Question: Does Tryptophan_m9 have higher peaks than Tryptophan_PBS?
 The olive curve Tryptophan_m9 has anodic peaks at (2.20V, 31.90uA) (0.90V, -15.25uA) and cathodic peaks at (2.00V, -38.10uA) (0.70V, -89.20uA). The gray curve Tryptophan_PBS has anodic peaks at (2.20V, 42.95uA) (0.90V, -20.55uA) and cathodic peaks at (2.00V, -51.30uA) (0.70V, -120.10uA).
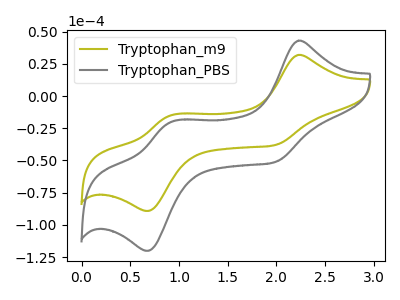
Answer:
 <answer>The peaks in "Tryptophan_m9" are neither all higher or all lower than the peaks in "Tryptophan_PBS".</answer>
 <eval>mixed</eval>